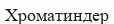
Хроматиндер